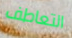
التعاطف